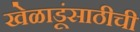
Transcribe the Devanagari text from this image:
खेळाडूंसाठीची